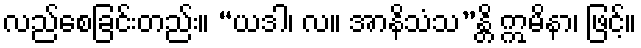
လည်စေခြင်းတည်း။ “ယဒါ၊ လ။ အာနိသံသ”န္တိ ဣမိနာ၊ ဖြင့်။